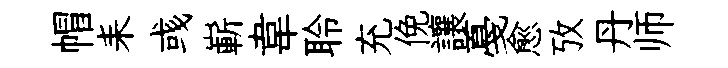
帽耒彧嶄韋聆充俛讓戞愈攷丹师